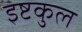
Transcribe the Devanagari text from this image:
इष्टकुल